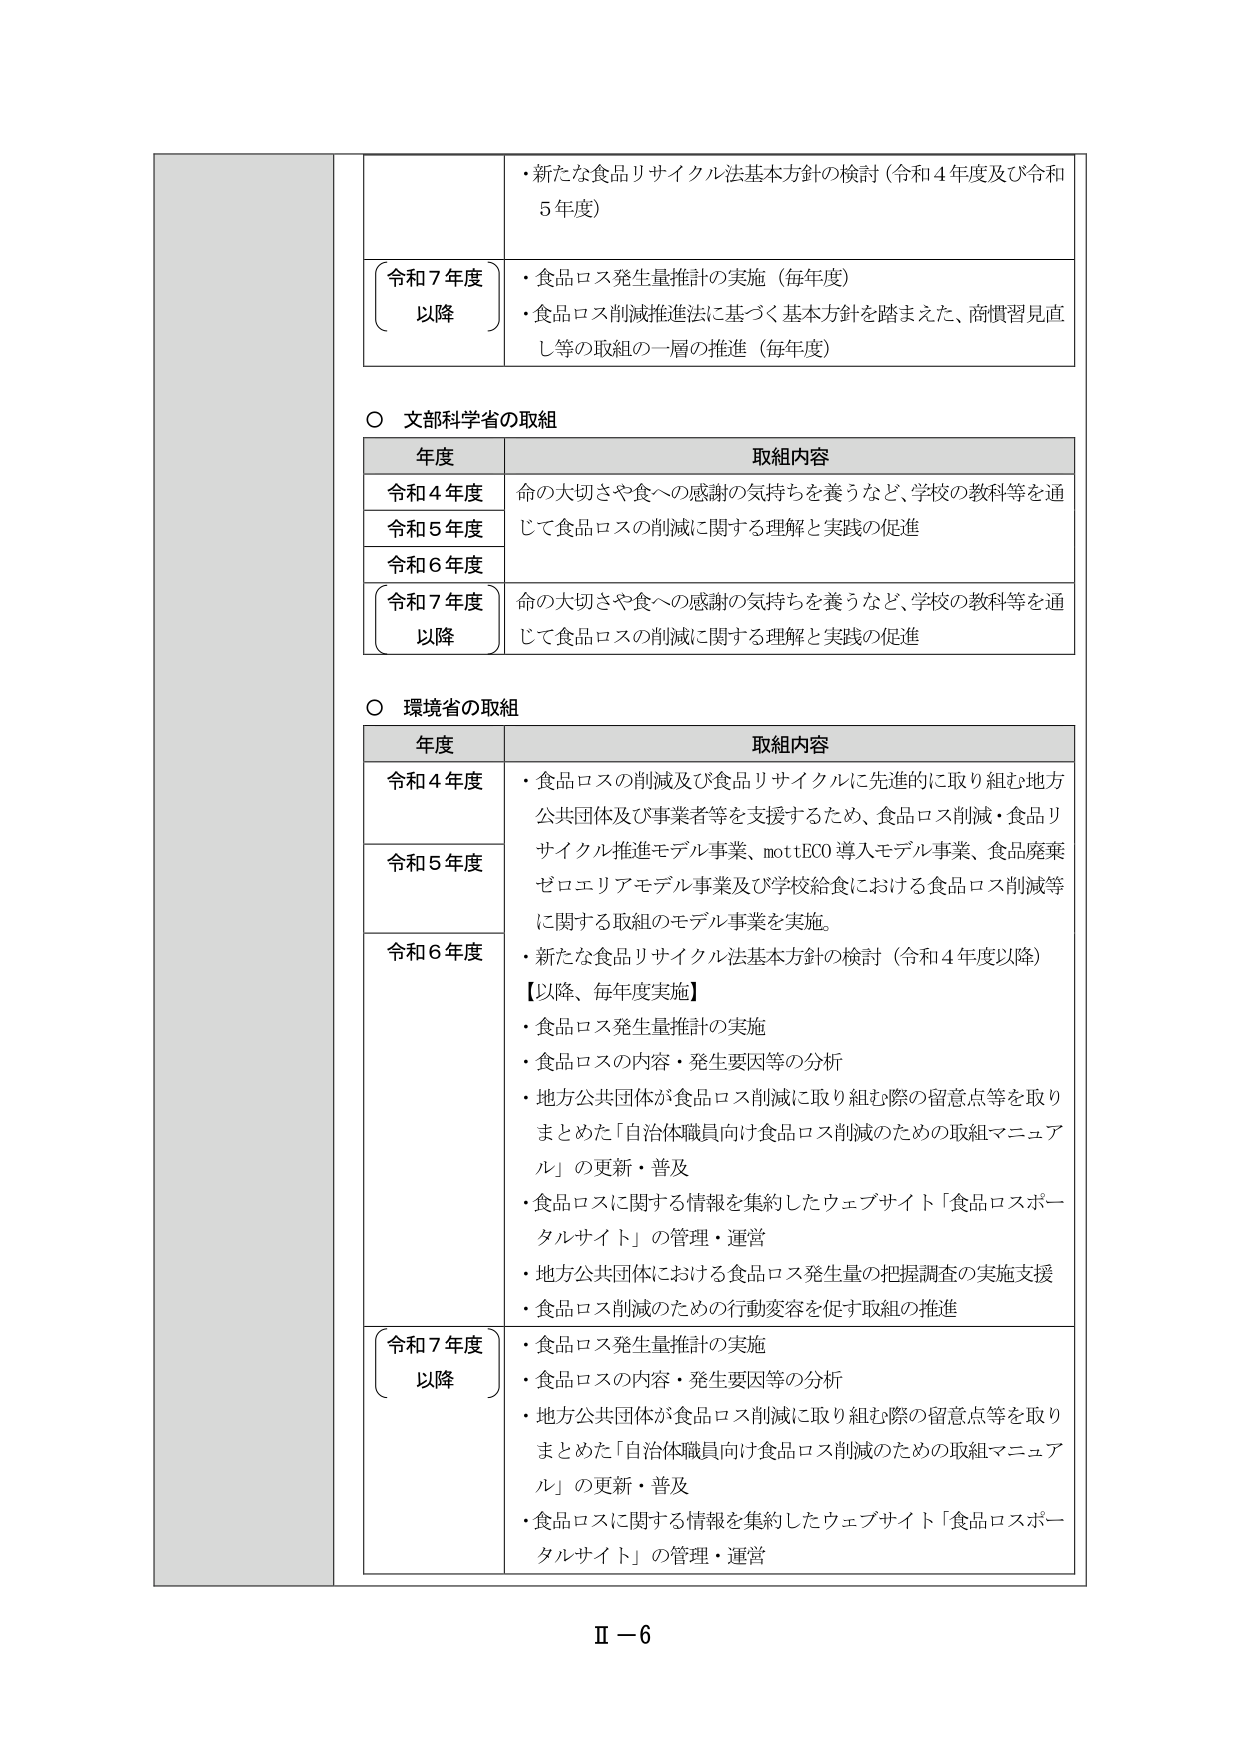
・新たな食品リサイクル法基本方針の検討（令和４年度及び令和５年度）

令和７年度以降
・食品ロス発生量推計の実施（毎年度）
・食品ロス削減推進法に基づく基本方針を踏まえた、商慣習見直し等の取組の一層の推進（毎年度）

○ 文部科学省の取組

年度 取組内容
令和４年度 命の大切さや食への感謝の気持ちを養うなど、学校の教科等を通じて食品ロスの削減に関する理解と実践の促進
令和５年度
令和６年度
令和７年度以降 命の大切さや食への感謝の気持ちを養うなど、学校の教科等を通じて食品ロスの削減に関する理解と実践の促進

○ 環境省の取組

年度 取組内容
令和４年度 ・食品ロスの削減及び食品リサイクルに先進的に取り組む地方公共団体及び事業者等を支援するため、食品ロス削減・食品リサイクル推進モデル事業、mottECO導入モデル事業、食品廃棄ゼロエリアモデル事業及び学校給食における食品ロス削減等に関する取組のモデル事業を実施。
令和５年度
令和６年度 ・新たな食品リサイクル法基本方針の検討（令和４年度以降）
【以降、毎年度実施】
・食品ロス発生量推計の実施
・食品ロスの内容・発生要因等の分析
・地方公共団体が食品ロス削減に取り組む際の留意点等を取りまとめた「自治体職員向け食品ロス削減のための取組マニュアル」の更新・普及
・食品ロスに関する情報を集約したウェブサイト「食品ロスポータルサイト」の管理・運営
・地方公共団体における食品ロス発生量の把握調査の実施支援
・食品ロス削減のための行動変容を促す取組の推進

令和７年度以降
・食品ロス発生量推計の実施
・食品ロスの内容・発生要因等の分析
・地方公共団体が食品ロス削減に取り組む際の留意点等を取りまとめた「自治体職員向け食品ロス削減のための取組マニュアル」の更新・普及
・食品ロスに関する情報を集約したウェブサイト「食品ロスポータルサイト」の管理・運営

Ⅱ－６